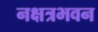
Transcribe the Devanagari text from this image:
नक्षत्रभवन